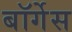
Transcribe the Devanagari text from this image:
बॉर्गेस